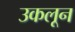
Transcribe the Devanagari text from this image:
उकलून